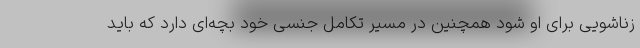
زناشویی برای او شود همچنین در مسیر تکامل جنسی خود بچه‌ای دارد که باید